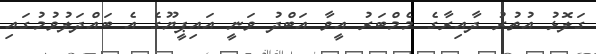
ގަލޮޅު އުތުރު ދާއިރާގެ މެމްބަރު އީވާ އަބްދު ވަނީ އައިޕީޔޫގެ އެ ބައްދަލުވުމުގައި